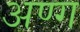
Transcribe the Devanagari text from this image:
अण्ग